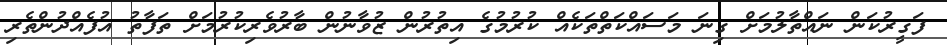
ފަގީރުކަން ނައްތާލުމަށް ގިނަ މަސައްކަތްތަކެއް ކުރުމުގެ އިތުރުން ޒުވާނުން ބާރުވެރިކުރުމަށް ތަފާތު އުފެއްދުންތެރި